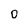
Character: O